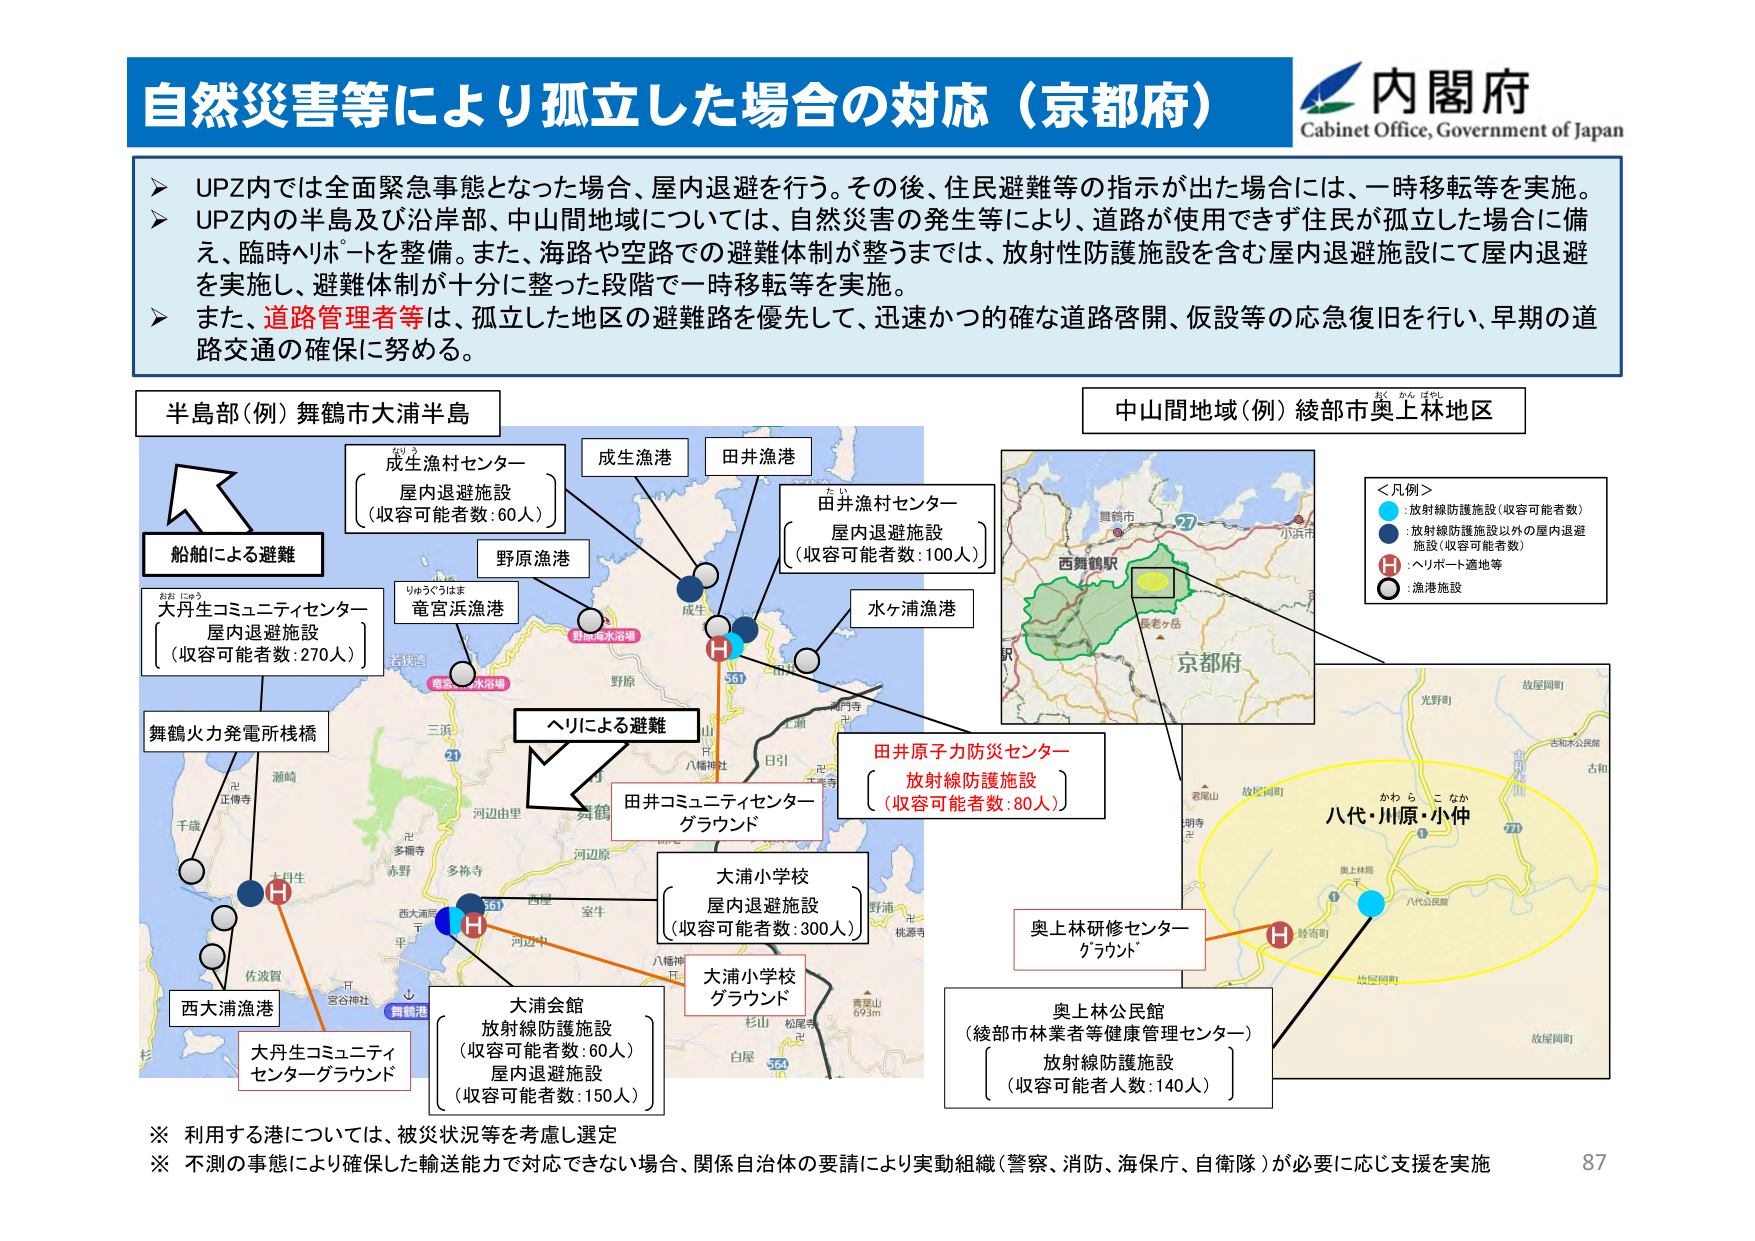
自然災害等により孤立した場合の対応（京都府）
内閣府
Cabinet Office, Government of Japan

➤ UPZ内では全面緊急事態となった場合、屋内退避を行う。その後、住民避難等の指示が出た場合には、一時移転等を実施。
➤ UPZ内の半島及び沿岸部、中山間地域については、自然災害の発生等により、道路が使用できず住民が孤立した場合に備え、臨時ヘリポートを整備。また、海路や空路での避難体制が整うまでは、放射性防護施設を含む屋内退避施設にて屋内退避を実施し、避難体制が十分に整った段階で一時移転等を実施。
➤ また、道路管理者等は、孤立した地区の避難路を優先して、迅速かつ的確な道路啓開、仮設等の応急復旧を行い、早期の道路交通の確保に努める。

半島部（例）舞鶴市大浦半島
成生漁村センター
屋内退避施設
（収容可能者数：60人）
成生漁港
田井漁港
田井漁村センター
屋内退避施設
（収容可能者数：100人）
野原漁港
水ヶ浦漁港
大丹コミュニティセンター
屋内退避施設
（収容可能者数：270人）
竜宮浜漁港
舞鶴火力発電所桟橋
船舶による避難
ヘリによる避難
田井コミュニティセンター
グラウンド
大浦小学校
屋内退避施設
（収容可能者数：300人）
大浦小学校
グラウンド
大浦会館
放射線防護施設
（収容可能者数：60人）
屋内退避施設
（収容可能者数：150人）
西大浦漁港
大丹生コミュニティ
センターグラウンド
田井原子力防災センター
放射線防護施設
（収容可能者数：80人）

中山間地域（例）綾部市奥上林地区
＜凡例＞
●：放射線防護施設（収容可能者数）
●：放射線防護施設以外の屋内退避施設（収容可能者数）
H：ヘリポート適地等
○：漁港施設

奥上林研修センター
グラウンド
奥上林公民館
（綾部市林業者等健康管理センター）
放射線防護施設
（収容可能者人数：140人）
八代・川原・小仲
かわら こなか

※ 利用する港については、被災状況等を考慮し選定
※ 不測の事態により確保した輸送能力で対応できない場合、関係自治体の要請により実動組織（警察、消防、海保庁、自衛隊）が必要に応じ支援を実施
87